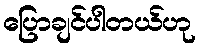
ပြောချင်ပါတယ်ဟု